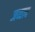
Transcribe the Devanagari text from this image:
जव्वाद